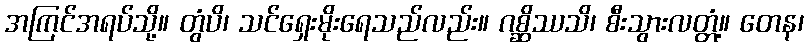
အကြင်အရပ်သို့။ တွံပိ၊ သင်ရှေးမိုးရေသည်လည်း။ ဂစ္ဆိဿသိ၊ စီးသွားလတ္တံ့။ တေန၊